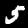
Digit: 5